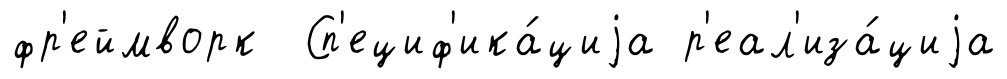
фр'еймворк Сп'ециф'ика́циjа р'еал'иза́циjа